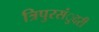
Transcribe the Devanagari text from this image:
त्रिपुरसंुदरी